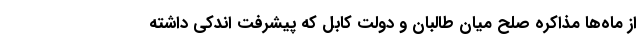
از ماه‌ها مذاکره صلح میان طالبان و دولت کابل که پیشرفت اندکی داشته